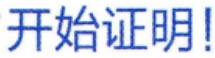
开始证明!